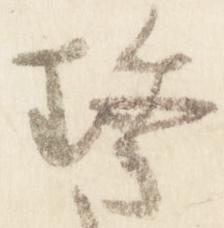
珍